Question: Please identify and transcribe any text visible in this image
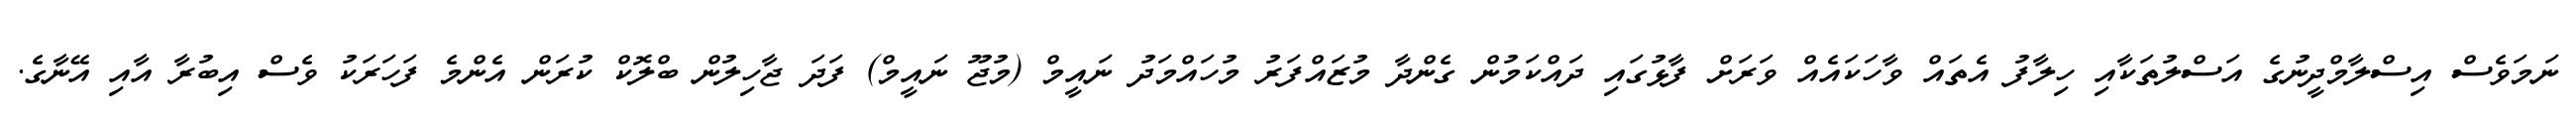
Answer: ނަމަވެސް އިސްލާމްދީނުގެ އަސްލުތަކާއި ހިލާފު އެތައް ވާހަކައެއް ވަރަށް ފާޅުގައި ދައްކަމުން ގެންދާ މުޒައްފަރު މުހައްމަދު ނައީމް (މުޖޫ ނައީމް) ފަދަ ޖާހިލުން ބްލޮކް ކުރަން އެންމެ ފަހަރަކު ވެސް އިބުރާ އާއި އޭނާގެ.